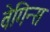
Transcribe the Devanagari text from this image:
वेगिन्स